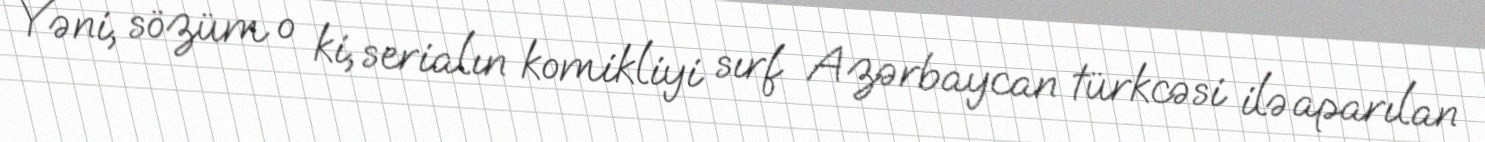
Yəni, sözüm o ki, serialın komikliyi sırf Azərbaycan türkcəsi ilə aparılan